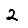
Digit: 2